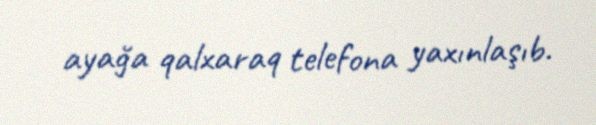
ayağa qalxaraq telefona yaxınlaşıb.